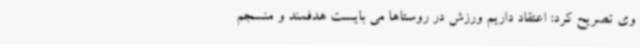
وی تصریح کرد: اعتقاد داریم ورزش در روستاها می بایست هدفمند و منسجم